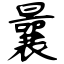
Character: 曩